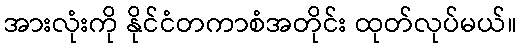
အားလုံးကို နိုင်ငံတကာစံအတိုင်း ထုတ်လုပ်မယ်။